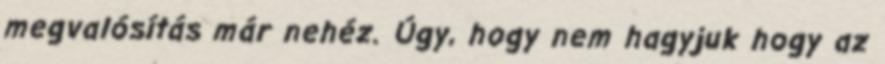
megvalósítás már nehéz. Úgy, hogy nem hagyjuk hogy az